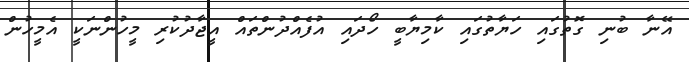
އޭނާ ބުނި ގޮތުގައި ހަޔާތުގައި ކާމިޔާބީ ހޯދައި އުފެއްދުންތައް އީޖާދުކުރި މީހުންނަކީ އެމީހުން